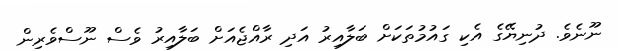
ނޫނެވެ. ދުނިޔޭގެ އެކި ގައުމުތަކަށް ބަލާއިރު އަދި ރާއްޖެއަށް ބަލާއިރު ވެސް ނޫސްވެރިން